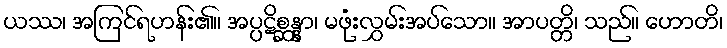
ယဿ၊ အကြင်ရဟန်း၏။ အပ္ပဋိစ္ဆန္နာ၊ မဖုံးလွှမ်းအပ်သော။ အာပတ္တိ၊ သည်။ ဟောတိ၊